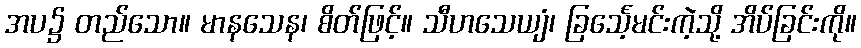
အပ၌ တည်သော။ မာနသေန၊ စိတ်ဖြင့်။ သီဟသေယျံ၊ ခြင်္သေ့မင်းကဲ့သို့ အိပ်ခြင်းကို။